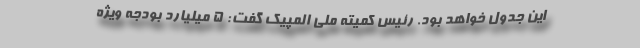
این جدول خواهد بود. رئیس کمیته ملی المپیک گفت: 5 میلیارد بودجه ویژه